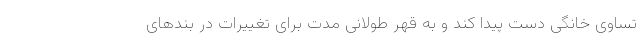
تساوی خانگی دست پیدا کند و به قهر طولانی مدت برای تغییرات در بندهای